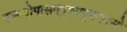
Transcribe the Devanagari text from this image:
सन्ध्योपासनपुण्यपूतमनसो